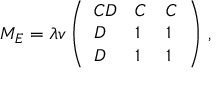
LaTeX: M _ { E } = \lambda v \left( \begin{array} { l l l } { { C D } } & { { C } } & { { C } } \\ { { D } } & { { 1 } } & { { 1 } } \\ { { D } } & { { 1 } } & { { 1 } } \end{array} \right) \, ,